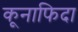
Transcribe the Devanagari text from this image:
कूनाफिदा